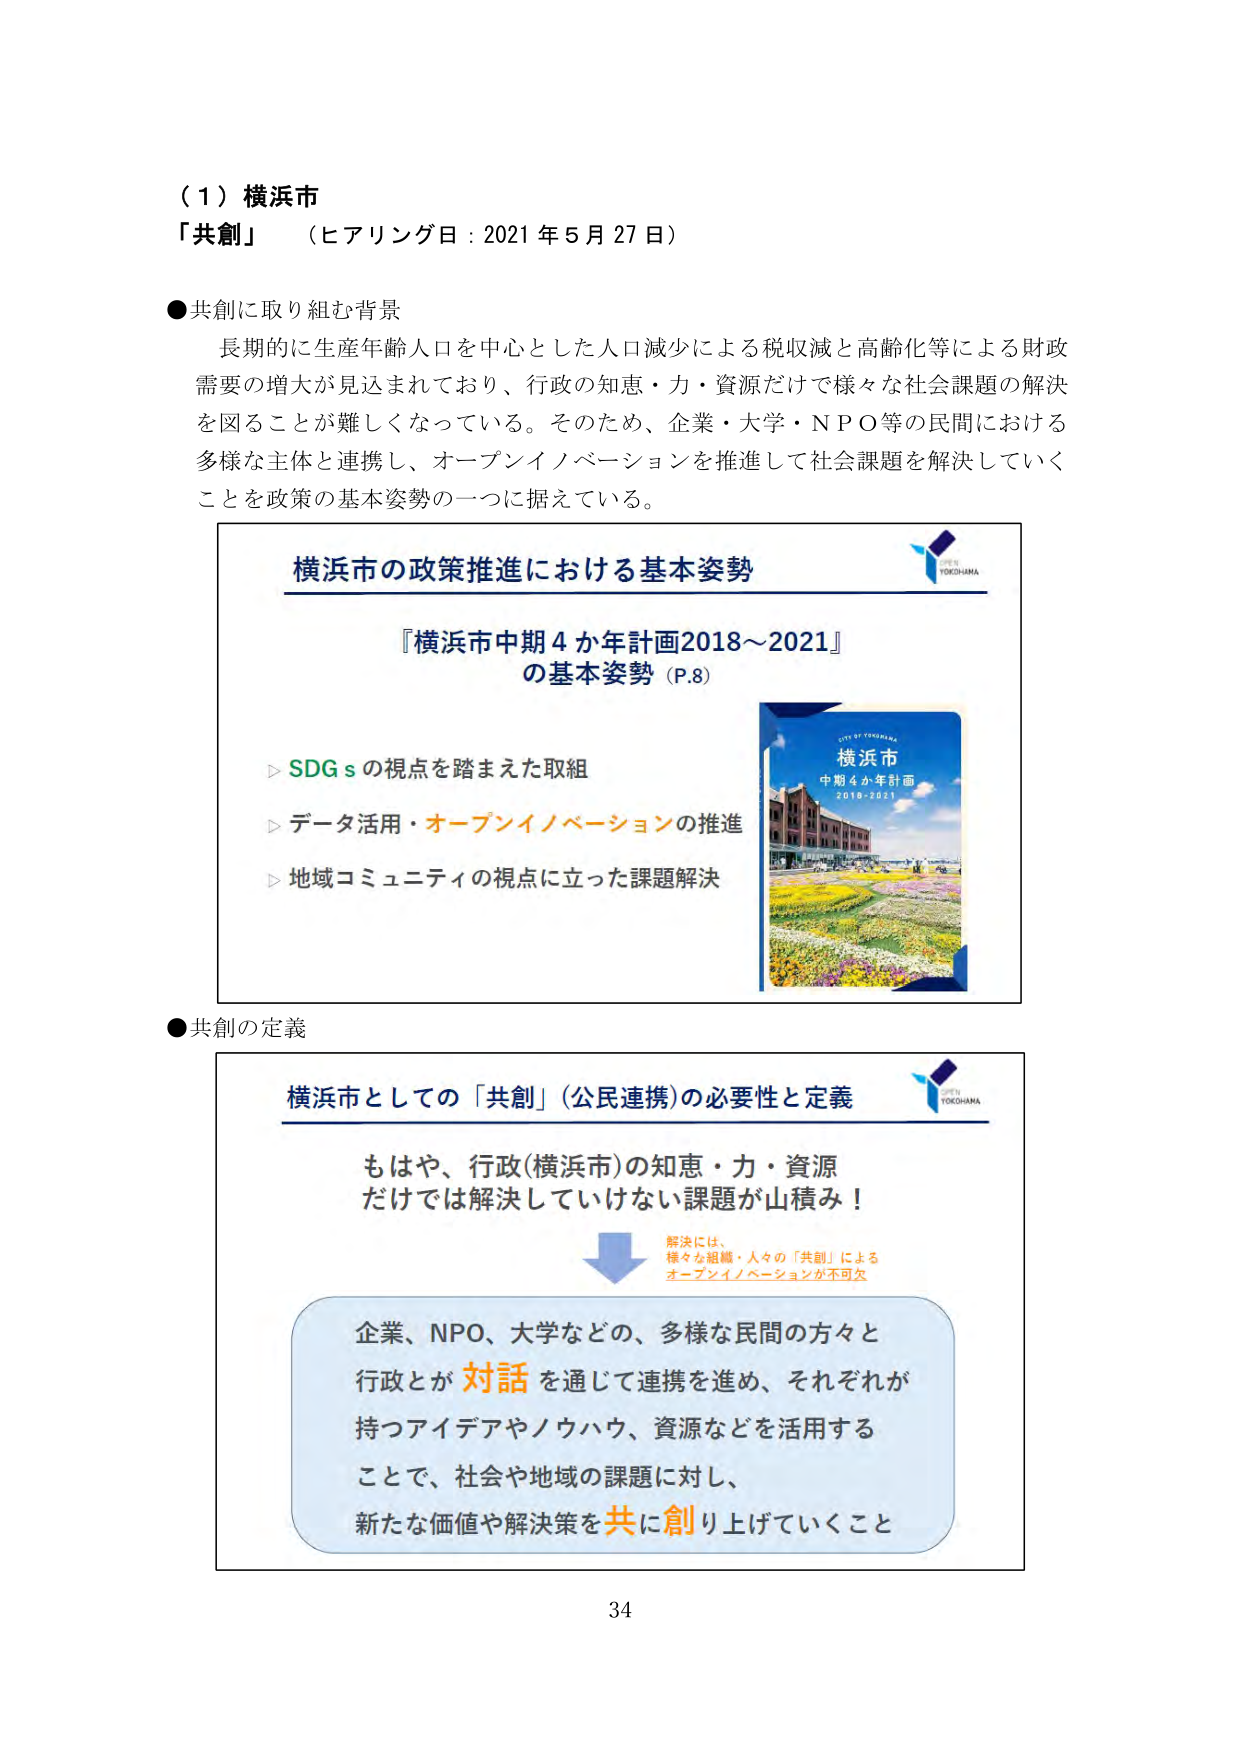
（１）横浜市
「共創」（ヒアリング日：2021年5月27日）

●共創に取り組む背景
長期的に生産年齢人口を中心とした人口減少による税収減と高齢化等による財政需要の増大が見込まれており、行政の知恵・力・資源だけで様々な社会課題の解決を図ることが難しくなっている。そのため、企業・大学・ＮＰＯ等の民間における多様な主体と連携し、オープンイノベーションを推進して社会課題を解決していくことを政策の基本姿勢の一つに据えている。

横浜市の政策推進における基本姿勢
『横浜市中期4か年計画2018～2021』
の基本姿勢（P.8）

▷ SDGsの視点を踏まえた取組
▷ データ活用・オープンイノベーションの推進
▷ 地域コミュニティの視点に立った課題解決

CITY OF YOKOHAMA
横浜市
中期4か年計画
2018-2021

●共創の定義
横浜市としての「共創」（公民連携）の必要性と定義

もはや、行政（横浜市）の知恵・力・資源だけでは解決していけない課題が山積み！

解決には、
様々な組織・人々の「共創」による
オープンイノベーションが不可欠

企業、NPO、大学などの、多様な民間の方々と
行政とが対話を通じて連携を進め、それぞれが
持つアイデアやノウハウ、資源などを活用する
ことで、社会や地域の課題に対し、
新たな価値や解決策を共に創り上げていくこと

34